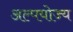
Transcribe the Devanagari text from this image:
अल्पयोज्य